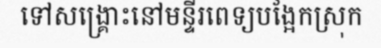
ទៅសង្គ្រោះនៅមន្ទីរពេទ្យបង្អែកស្រុក